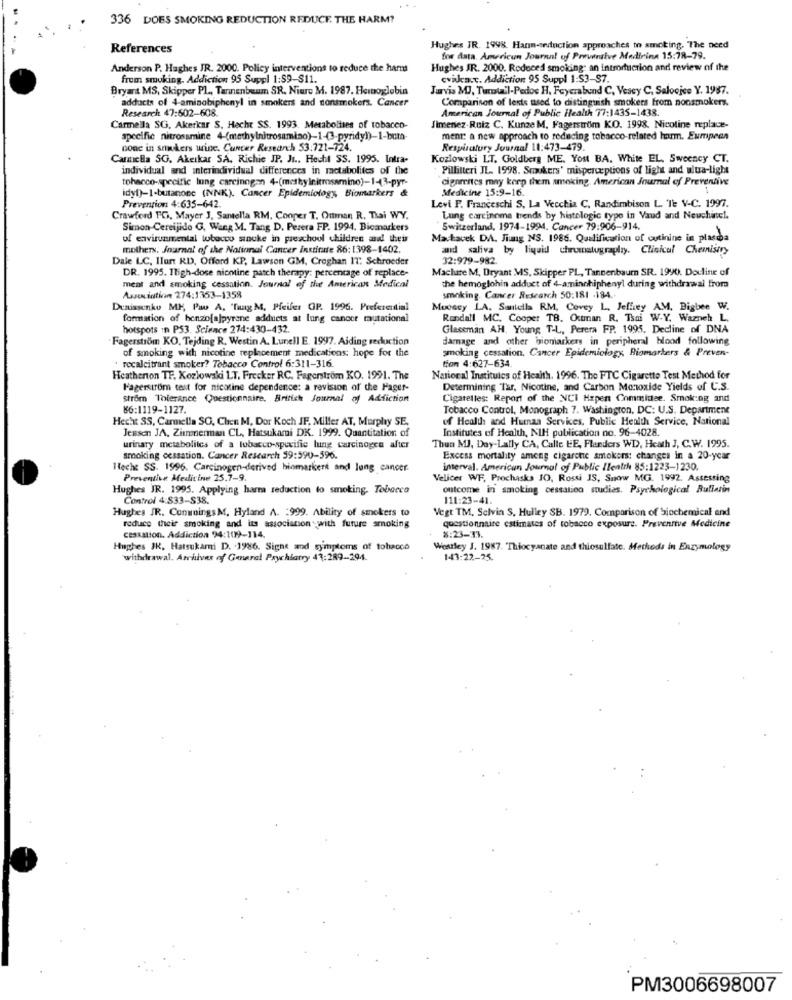
336 DOES SMOKING REDUCTION REDUCE. THE HARM?
References
Hughes JR. 1998. Han-seduction approaches to smoking, "The need
for data. American Journal of Preventive Medicine 15:78-79.
Anderson P. Hughes JR. 2000. Policy interventions to reduce the harms
Hughes JR. 2000. Rodeced smoking: an introduction and review of the
from smoking. Addiction 95 Suppl 1:59-$11.
cvikca.c. Addiction 95 Suppl 1:$3-$7.
Bryant MS, Skipper PL, Tannenbaum SR. Niere M. 1987. Hemoglobin
Jarvis MJ, Turotail-Pedos H, Feyerabend C. Vesey C. Saloojee Y. 1987.
adducts of 4-aminobiphenyl in smokers and nonsmokers. Cancer
Comparison of lests used to distinguish smokers from nonsmokers.
Research 47:602-608.
American Journal of Public Health 77:1435-1438.
Carmella SG. Akerkar S. Hacht SS. 1993. Metabolises of tobacco-
Jimenez.Ruiz C. Kunze M, Fagerstrom KO. 1998. Nicotine replace-
specific nitrossmine 4-(methylnitrosamiao)-1-(3-pyridy))-1-bum
ment: a new approach to reducing tobacco-related harm. Eumpeen
conc in smokers wine. Cancer Research 53.721-724.
Respiratory Journal 11:473-479.
Canticila SG. Akerkar SA. Richie JP. J .. Hecht SS. 1995. Intra-
Kozlowski LT. Goldberg ME. You BA. White EL, Sweeney CT.
individual and interindividual differences in metabolites of the
Pillitteri JL. 1998. Smukers' misperceptions of light and ulua-light
tobacco-specific lung carcinogen 4-(methylnitrosamino)-1-3-pyr-
cigarestes may keep them smoking. American Journal of Preventive
idyl)-1-butanone (NNK). Cancer Epidemiology, Biomarkers &
Medicine 15:9-16.
Levi P. Franceschi S, La Vecchia C, Randimbison L. 'Te V-C. 1997.
Prevention 4:635-642.
Crawford TO, Mayer J, Santella RM. Cooper T. Ouman R. Thai WY.
Lung carcinoma trends by histologic type in Vaud and Neuchatel.
Simon-Cereijido G, Wang M. Tang D. Perera FP. 1994. Biomarkers
Switzerland, 1974-1994. Cancer 79:906-914.
of environmental tobacco sinuke in preschool children and their
Machavek DA. Jiung NS. 1986. Qualification of cutinine in plasma
mothers, Journal of the National Cancer institute 86:1398-1402.
aid saliva by liquid chromatography, Clinical Chemistry
Dale LC, Ilant RD, Offord KP, Lawson GM, Croghan IT: Schroeder
32:979-982.
DR. 1995. Tligh-dose nicotine patch therapy: percentage of replace-
Machuare M, Dryant MS, Skipper PL, Tannenbaum SR. 1990). Douline of
meat and smoking cessation. Journal of the American Medical
the hemoglohin adduct of 4-aminchiphenyl during withdrawal from
smoking. Cancer Research 50:181 -184.
Association 274:1363-1358
Dunissenko ME, Pau A, "Tang M. Pfeifer GP. 1996. Preferential
Moosey LA. Smilela RM, Coney L. Jeffrey AM, Digbee W.
formation of benzo[a]pyrene adduets at lung cancer mutational
Randall MC. Cooper TB. Ocuman R. Tsai W-Y. Wazneh L.
hotspots in P53. Science 274:430-432.
Glaceman AH, Young T-L, Perera FP. 1995. Decline of DNA
. Fagerström KO. Tejding R. Westin A. Lunell E. 1997. Aiding reduction
damage and other biomarkers in peripheral blood following
of smoking with nicotine replacement medications: hope for the
smoking cessation, Cancer Epidemiology, Biomarkers & Preven-
recalcitrant smoker? Tobacco Control 6:311-316.
tion 4:627-634
Heatherton TF, Kozlowski LT, Frecker RC. Fagerström KO. 1991. The
National Institutes of Health. 1996. The FTC Cigarette Test Method for
Pagerstrom test for nicotine dependence: a revision of the Hager-
Determining Tar, Nicotine, and Carbon Monoxide Yields of C.S.
Strom Tolerance Questionnaire. British Journal of Adfiction
Cigaretles: Report of the NCI Hapen Commidee. Smoking and
86:1119-1127.
Tobacco Control, Monograph 7. Washington, DC: U.S. Department
Hecht SS, Carmella SO, Chen M, Dor Koch JF. Miller AT, Murphy SE.
of Health and Human Services, Public Health Service, National
Jensen JA, Zimmerman CL, Hatsukami DK. 1999. Quantitation of
Institutes of Health, NIH publication no. 96-4028.
urinary metabolites of a tobacco-specific lung carcinogen after
Thun MJ, Day-Lally CA, Calle EE, Flanders WD, Heath J, C.W. 1995.
smoking cessation. Cancer Research 59:590-596.
Excess mortality among cigarette smokers: changes in a 20-year
Heche SS. 1996. Carcinogen-derived biomarkers and lung cancer
interval. American Journal of Public Ilentrh 85:1223-1230.
Preventive Medicine 25.7-9.
Velicer WE, Prochaska JO, Rossi IS, Snow MG. 1992. Assessing
Hughes JR. 1995. Applying harm reduction to smoking, Tobacco
outcome in smoking cessation studies. Psychological Rullarin
Control 4:833-$38.
111:23-41.
Hughes JR. ConmningsM, Hyland A. : 999. Ability of smokers to
Vegt TM, Selvin S. Hulley SB. 1979. Comparison of Sjochemical and
reduce their smoking and its associacon with future smoking
questionnaire estimates of tobacco exposure. Preventive Medicine
cessation. Addiction 34:109-114.
8:23-33.
Hughes JK, Hatsukami D. 1986. Sighe and symptoms of tobacco
Westley J. 1987. Thiocyanate and thiosulfate. Methods in Enzymology
'withdrawal. Archives of General Psychiatry 41:289-294.
143:22-25.
PM3006698007